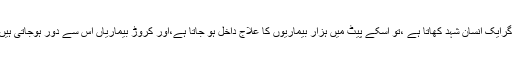
اگرایک انسان شہد کھاتا ہے ،تو اسکے پیٹ میں ہزار بیماریوں کا علاج داخل ہو جاتا ہے،اور کروڑ بیماریاں اس سے دور ہوجاتی ہیں۔